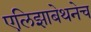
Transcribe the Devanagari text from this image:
एलिझाबेथनेच